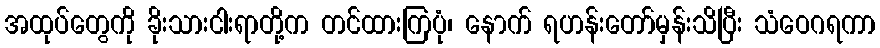
အထုပ်တွေကို ခိုးသားငါးရာတို့က တင်ထားကြပုံ၊ နောက် ရဟန်းတော်မှန်းသိပြီး သံဝေဂရကာ